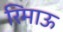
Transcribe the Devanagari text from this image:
रिमाऊ